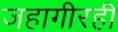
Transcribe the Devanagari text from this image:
जहागीरही